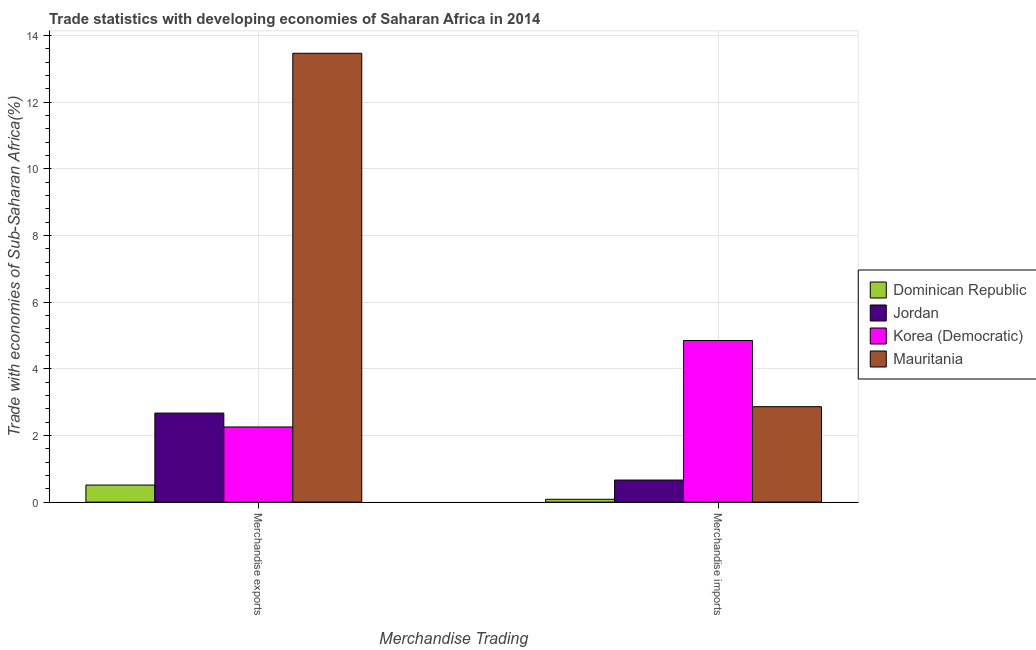
| Merchandise Trading | Dominican Republic | Jordan | Korea (Democratic) | Mauritania |
 | --- | --- | --- | --- | --- |
 | Merchandise exports | 0.513 | 2.67 | 2.25 | 13.5 |
 | Merchandise imports | 0.0853 | 0.662 | 4.85 | 2.86 |